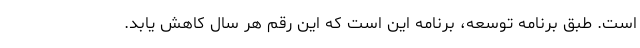
است. طبق برنامه توسعه، برنامه این است که این رقم هر سال کاهش یابد.